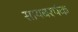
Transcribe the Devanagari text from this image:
सायबरपंक